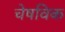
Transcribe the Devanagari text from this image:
चेषविक